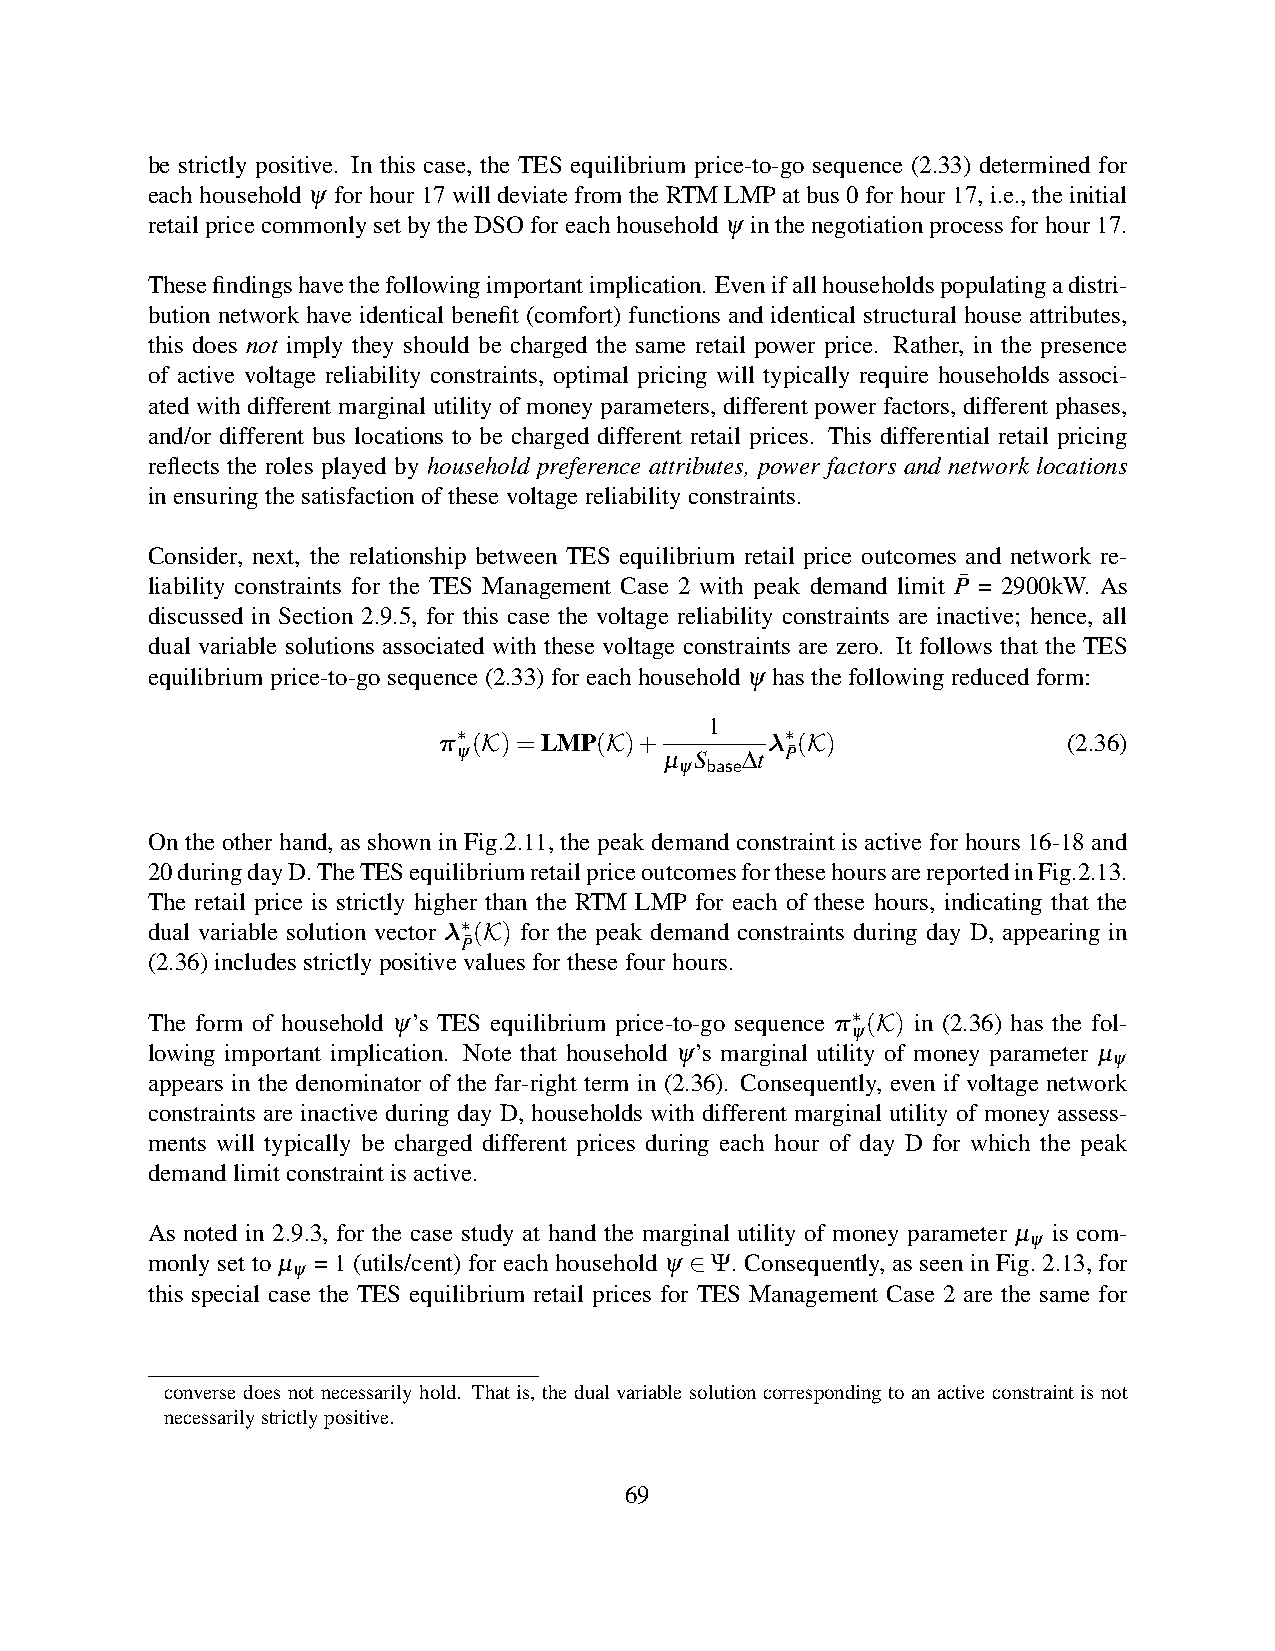
be strictly positive. In this case, the TES equilibrium price-to-go sequence (2.33) determined for
 eachhouseholdψ forhour 17will deviatefrom theRTMLMP atbus 0for hour17, i.e.,the initial
 retailpricecommonlysetbytheDSOforeachhouseholdψ inthenegotiationprocessforhour17.
 Thesefindingshavethefollowingimportantimplication. Evenifallhouseholdspopulatingadistri-
 bution network have identical benefit (comfort) functions and identical structural house attributes,
 this does not imply they should be charged the same retail power price. Rather, in the presence
 of active voltage reliability constraints, optimal pricing will typically require households associ-
 ated with different marginal utility of money parameters, different power factors, different phases,
 and/or different bus locations to be charged different retail prices. This differential retail pricing
 reflects the roles played by household preference attributes, power factors and network locations
 inensuringthesatisfactionofthesevoltagereliabilityconstraints.
 Consider, next, the relationship between TES equilibrium retail price outcomes and network re-
 liability constraints for the TES Management Case 2 with peak demand limit P¯ = 2900kW. As
 discussed in Section 2.9.5, for this case the voltage reliability constraints are inactive; hence, all
 dual variable solutions associated with these voltage constraints are zero. It follows that the TES
 equilibriumprice-to-gosequence(2.33)foreachhouseholdψ hasthefollowingreducedform:
 1
 π∗(K)=LMP(K)+         λ∗(K)               (2.36)
 ψ             µ S  ∆t P¯
 ψ base
 On the other hand, as shown in Fig.2.11, the peak demand constraint is active for hours 16-18 and
 20duringdayD.TheTESequilibriumretailpriceoutcomesforthesehoursarereportedinFig.2.13.
 The retail price is strictly higher than the RTM LMP for each of these hours, indicating that the
 dual variable solution vector λ∗(K) for the peak demand constraints during day D, appearing in
 P¯
 (2.36)includesstrictlypositivevaluesforthesefourhours.
 The form of household ψ’s TES equilibrium price-to-go sequence π∗(K) in (2.36) has the fol-
 ψ
 lowing important implication. Note that household ψ’s marginal utility of money parameter µ
 ψ
 appears in the denominator of the far-right term in (2.36). Consequently, even if voltage network
 constraints are inactive during day D, households with different marginal utility of money assess-
 ments will typically be charged different prices during each hour of day D for which the peak
 demandlimitconstraintisactive.
 As noted in 2.9.3, for the case study at hand the marginal utility of money parameter µ is com-
 ψ
 monly set to µ = 1 (utils/cent) for each household ψ ∈Ψ. Consequently, as seen in Fig. 2.13, for
 ψ
 this special case the TES equilibrium retail prices for TES Management Case 2 are the same for
 converse does not necessarily hold. That is, the dual variable solution corresponding to an active constraint is not
 necessarilystrictlypositive.
 69